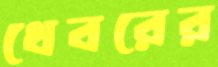
থেবরের